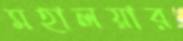
মহালয়ার